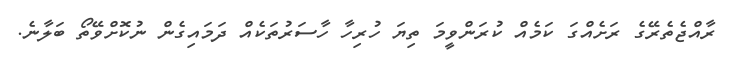
ރާއްޖެތެރޭގެ ރަށެއްގަ ކަމެއް ކުރަންވީމަ ތިޔަ ހުރިހާ ހާސަރުތަކެއް ދަމައިގެން ނުކޮށްވޭތޯ ބަލާނެ.